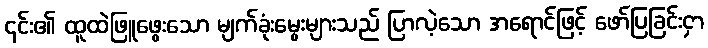
၎င်း၏ ထူထဲဖြူဖွေးသော မျက်ခုံးမွေးများသည် ပြာလဲ့သော အရောင်ဖြင့် ဖော်ပြခြင်းငှာ